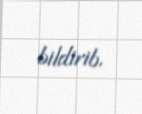
bildirib.